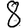
Digit: 8